Report of the Indian Hemp Drugs Commission, 1894-1895 - Volume I
Year: 1894
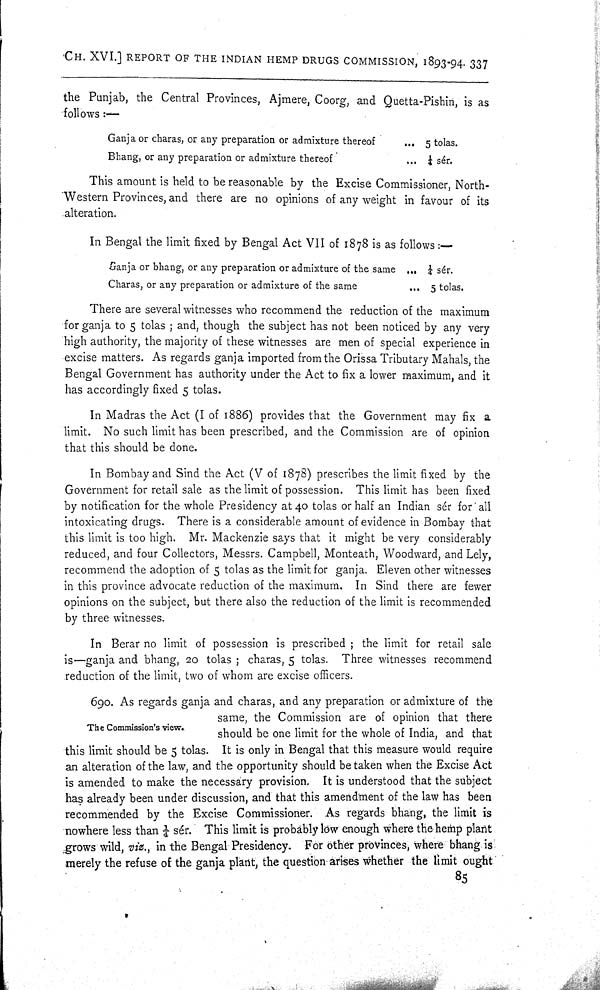
CH. XVI.] REPORT OF THE INDIAN HEMP DRUGS COMMISSION, 1893-94. 337
the Punjab, the Central Provinces, Ajmere, Coorg, and Quetta-Pishin, is as
follows:—
Ganja or charas, or any preparation or admixture thereof
5 tolas.
Bhang, or any preparation or admixture thereof
1/4 sér.
This amount is held to be reasonable by the Excise Commissioner, North-
Western Provinces, and there are no opinions of any weight in favour of its
alteration.
In Bengal the limit fixed by Bengal Act VII of 1878 is as follows:—
Ganja or bhang, or any preparation or admixture of the same 1/4 sér.
Charas, or any preparation or admixture of the same
5 tolas.
There are several witnesses who recommend the reduction of the maximum
for ganja to 5 tolas; and, though the subject has not been noticed by any very
high authority, the majority of these witnesses are men of special experience in
excise matters. As regards ganja imported from the Orissa Tributary Mahals, the
Bengal Government has authority under the Act to fix a lower maximum, and it
has accordingly fixed 5 tolas.
In Madras the Act (I of 1886) provides that the Government may fix a
limit. No such limit has been prescribed, and the Commission are of opinion
that this should be done.
In Bombay and Sind the Act (V of 1878) prescribes the limit fixed by the
Government for retail sale as the limit of possession. This limit has been fixed
by notification for the whole Presidency at 40 tolas or half an Indian sér for all
intoxicating drugs. There is a considerable amount of evidence in Bombay that
this limit is too high. Mr. Mackenzie says that it might be very considerably
reduced, and four Collectors, Messrs. Campbell, Monteath, Woodward, and Lely,
recommend the adoption of 5 tolas as the limit for ganja. Eleven other witnesses
in this province advocate reduction of the maximum. In Sind there are fewer
opinions on the subject, but there also the reduction of the limit is recommended
by three witnesses.
In Berar no limit of possession is prescribed; the limit for retail sale
is—ganja and bhang, 20 tolas; charas, 5 tolas. Three witnesses recommend
reduction of the limit, two of whom are excise officers.
The Commission's view.
690. As regards ganja and charas, and any preparation or admixture of the
same, the Commission are of opinion that there
should be one limit for the whole of India, and that
this limit should be 5 tolas. It is only in Bengal that this measure would require
an alteration of the law, and the opportunity should be taken when the Excise Act
is amended to make the necessary provision. It is understood that the subject
has already been under discussion, and that this amendment of the law has been
recommended by the Excise Commissioner. As regards bhang, the limit is
nowhere less than 1/4 sér. This limit is probably low enough where the hemp plant
grows wild, viz., in the Bengal Presidency. For other provinces, where bhang is
merely the refuse of the ganja plant, the question arises whether the limit ought
85